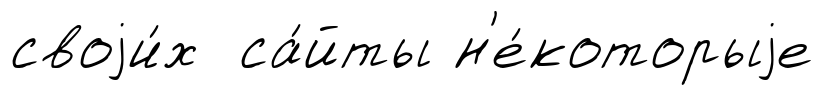
своjи́х са́йты н'е́которыjе